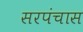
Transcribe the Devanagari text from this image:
सरपंचास